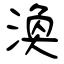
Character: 渙